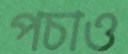
পচাও